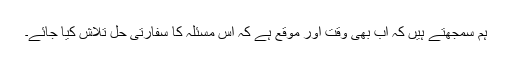
ہم سمجھتے ہیں کہ اب بھی وقت اور موقع ہے کہ اس مسئلہ کا سفارتی حل تلاش کیا جائے۔